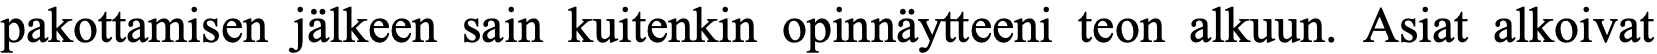
pakottamisen jälkeen sain kuitenkin opinnäytteeni teon alkuun. Asiat alkoivat